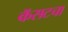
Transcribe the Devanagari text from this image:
कॅसटचा